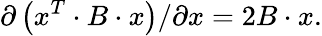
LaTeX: \partial\left(x^{T}\cdot B\cdot x\right)/\partial x=2B\cdot x.